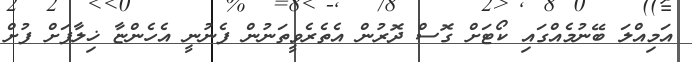
އަމިއްލަ ބޭނުމެއްގައި ކޯޓަށް ގޮސް ދޮރުން އެތެރެވީތަނުން ފެނުނީ އެހެންޏާ ޚިލާފަށް ފުށް